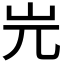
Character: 𡵉